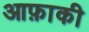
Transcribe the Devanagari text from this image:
आफ़ाकी